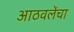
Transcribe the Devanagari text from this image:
आठवलेंचा